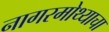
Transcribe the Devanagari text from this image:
नागरमोथ्याचा